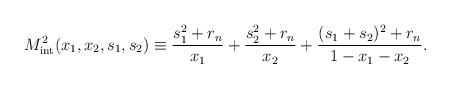
\begin{align*}M_{\rm int}^2(x_1,x_2,s_1,s_2) \equiv \frac{s_1^2 + r_n}{x_1} + \frac{s_2^2 + r_n}{x_2} + \frac{(s_1 + s_2)^2 + r_n}{1-x_1-x_2}. \end{align*}